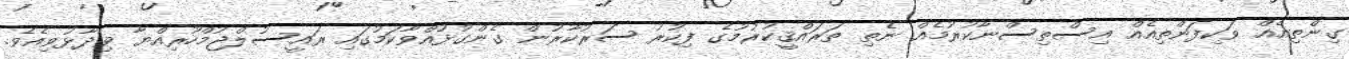
ގިންތިއެއް ވަކިފަންތިއެއް އިސްތިސްނާކުރުމެއް ނެތި ތަރައްޤީކުރުމުގެ ފިކުރު ސަރުކާރުން ގެންގުޅުއްވާކަމުގައި ރައީސުލްޖުމްހޫރިއްޔާ ވިދާޅުވިއެވެ.